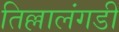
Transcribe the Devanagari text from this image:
तिल्लालंगडी